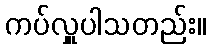
ကပ်လှူပါသတည်း။